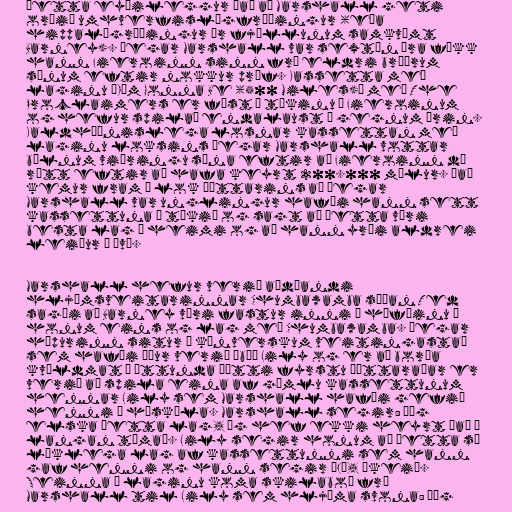
Þetta eyðileggur það að Marshall geti
orðið umhverfislögfræðingur (eða
hippalögræðingur úr fjöllunum samkvæmt
Barney). Þegar Marshall var sextán ára fékk
hann Fieroinn sinn frá eldri bræðrum
sínum eftir nokkur próf. Kassetta með
laginu „I'm Gonna Be (500 Miles)“ með The
Proclaimers er föst í tækinu í Fieroinum
og hefur spilað endalaust í gegnum árin.
Kaldhæðnislega losnar kassettan með
laginu loksins þegar Marshall vottar
bílnum viðringu sína eftir að Fieroinn dó
rétt eftir að hafa keyrt 200.000 mílur. Það
kemur fram í lok þáttarins að þegar
Marshall var unglingur hafði hann sett
kassettuna í tækið og sagt að þetta væri
besta lag í heimi og að hann yrði aldrei
leiður á því.

Marshall hefur verið aðdáandi
hljómsveitarinnar Chumbawamba síðan Ted
sagði að Barney væri fastur inni í höfðinu á
honum eins og lag með Chumbawamba. Þegar
hópurinn situr á kínverskum veitingastað
sem hafði áður verið íbúð Lily og er að borða
kvöldmat í áttunda þætti fyrstu þáttaraðar er
verið að spila eina af gömlu kassettunum
hennar Lily sem Marshall hafði gefið
henni í háskóla. Marshall segir: „Ég
elska þetta lag, ég hef ekki heyrt það í
langan tíma“. Lily segir honum að þetta sé
líklega lag af kassettunni sem hann
gaf henni og hann segir „Já, ókei“.
Seinna í laginu koma skilaboð frá
Marshall til Lily sem hljóma svona: „Ég